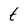
Character: t